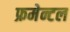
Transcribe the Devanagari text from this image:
फ्रमेन्टल